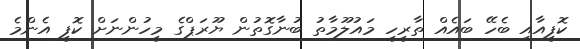
ކޮފީއާއި ބެހޭ ބައެއް ތާރީހީ މައުލޫމާތު ބުނާގޮތުން ޔޫރަޕްގެ މީހުންނަށް ކޮފީ އެންމެ